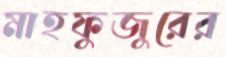
মাহফুজুরের